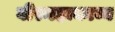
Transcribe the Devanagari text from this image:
वीरमहाकाव्य